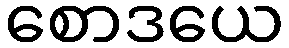
စောဒယေ